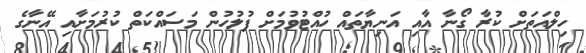
ހިލްއަތަށް ކުރާ ގޯނާ އާއި އަނިޔާތައް ހުއްޓުވުމަށް ފުލުހުން މަސައްކަތް ކުރުމަށާއި އޭނާގެ